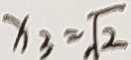
x _ { 3 } = \sqrt { 2 }